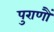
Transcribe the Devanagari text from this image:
पुराणौं